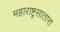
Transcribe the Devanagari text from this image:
महाराष्ट्रसातारा